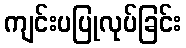
ကျင်းပပြုလုပ်ခြင်း